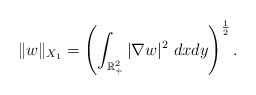
\begin{align*}\|w\|_{X_1}=\left(\int_{\mathbb R^2_+} |\nabla w|^2~dxdy\right)^{\frac{1}{2}}.\end{align*}